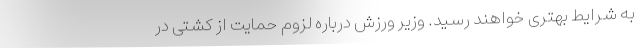
به شرایط بهتری خواهند رسید. وزیر ورزش درباره لزوم حمایت از کشتی در